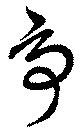
争